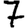
Digit: 7